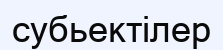
субьектілер